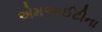
એમઆઈટીના